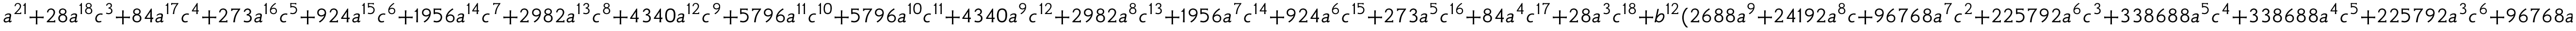
a ^ { 2 1 } + 2 8 a ^ { 1 8 } c ^ { 3 } + 8 4 a ^ { 1 7 } c ^ { 4 } + 2 7 3 a ^ { 1 6 } c ^ { 5 } + 9 2 4 a ^ { 1 5 } c ^ { 6 } + 1 9 5 6 a ^ { 1 4 } c ^ { 7 } + 2 9 8 2 a ^ { 1 3 } c ^ { 8 } + 4 3 4 0 a ^ { 1 2 } c ^ { 9 } + 5 7 9 6 a ^ { 1 1 } c ^ { 1 0 } + 5 7 9 6 a ^ { 1 0 } c ^ { 1 1 } + 4 3 4 0 a ^ { 9 } c ^ { 1 2 } + 2 9 8 2 a ^ { 8 } c ^ { 1 3 } + 1 9 5 6 a ^ { 7 } c ^ { 1 4 } + 9 2 4 a ^ { 6 } c ^ { 1 5 } + 2 7 3 a ^ { 5 } c ^ { 1 6 } + 8 4 a ^ { 4 } c ^ { 1 7 } + 2 8 a ^ { 3 } c ^ { 1 8 } + b ^ { 1 2 } ( 2 6 8 8 a ^ { 9 } + 2 4 1 9 2 a ^ { 8 } c + 9 6 7 6 8 a ^ { 7 } c ^ { 2 } + 2 2 5 7 9 2 a ^ { 6 } c ^ { 3 } + 3 3 8 6 8 8 a ^ { 5 } c ^ { 4 } + 3 3 8 6 8 8 a ^ { 4 } c ^ { 5 } + 2 2 5 7 9 2 a ^ { 3 } c ^ { 6 } + 9 6 7 6 8 a ^ { 2 } c ^ { 7 } + 2 4 1 9 2 a c ^ { 8 } + 2 6 8 8 c ^ { 9 } ) + b ^ { 8 } ( 8 4 a ^ { 1 3 } + 1 0 9 2 a ^ { 1 2 } c + 6 5 5 2 a ^ { 1 1 } c ^ { 2 } + 2 4 0 2 4 a ^ { 1 0 } c ^ { 3 } + 6 0 0 6 0 a ^ { 9 } c ^ { 4 } + 1 0 8 1 0 8 a ^ { 8 } c ^ { 5 } + 1 4 4 1 4 4 a ^ { 7 } c ^ { 6 } + 1 4 4 1 4 4 a ^ { 6 } c ^ { 7 } + 1 0 8 1 0 8 a ^ { 5 } c ^ { 8 } + 6 0 0 6 0 a ^ { 4 } c ^ { 9 } + 2 4 0 2 4 a ^ { 3 } c ^ { 1 0 } + 6 5 5 2 a ^ { 2 } c ^ { 1 1 } + 1 0 9 2 a c ^ { 1 2 } + 8 4 c ^ { 1 3 } ) + c ^ { 2 1 }